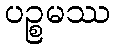
ပဉ္စမဿ